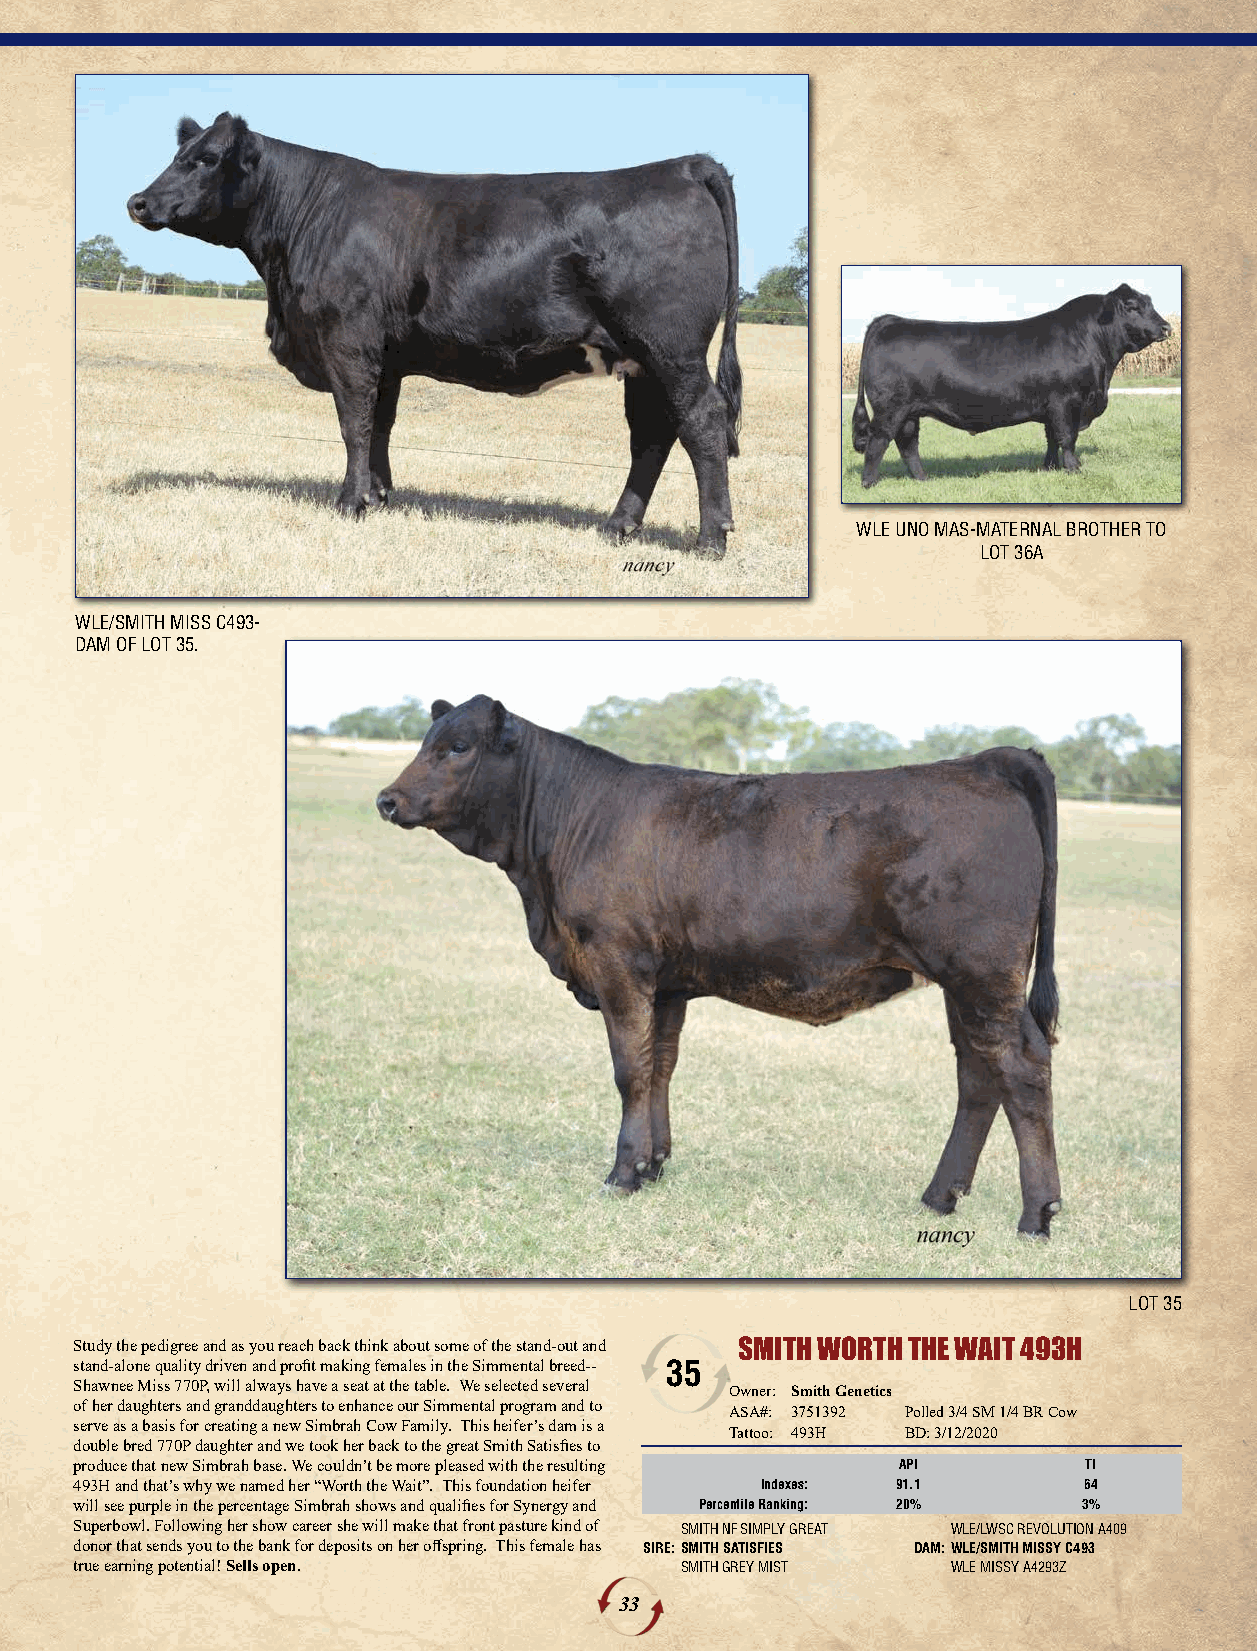
WLE UNO MAS-MATERNAL BROTHER TO
 LOT 36A
 WLE/SMITH MISS C493-
 DAM OF LOT 35.
 LOT 35
 Study the pedigree and as you reach back think about some of the stand-out and SMITH WORTH THE WAIT 493H
 stand-alone quality driven and profit making females in the Simmental breed-- 35
 Shawnee Miss 770P, will always have a seat at the table. We selected several Owner: Smith Genetics
 of her daughters and granddaughters to enhance our Simmental program and to
 ASA#: 3751392 Polled 3/4 SM 1/4 BR Cow
 serve as a basis for creating a new Simbrah Cow Family. This heifer’s dam is a
 Tattoo: 493H BD: 3/12/2020
 double bred 770P daughter and we took her back to the great Smith Satisfies to
 produce that new Simbrah base. We couldn’t be more pleased with the resulting API TI
 493H and that’s why we named her “Worth the Wait”. This foundation heifer Indexes: 91.1 64
 will see purple in the percentage Simbrah shows and qualifies for Synergy and Percentile Ranking: 20% 3%
 Superbowl. Following her show career she will make that front pasture kind of SMITH NF SIMPLY GREAT WLE/LWSC REVOLUTION A409
 donor that sends you to the bank for deposits on her offspring. This female has SIRE:SMITH SATISFIES DAM:WLE/SMITH MISSY C493
 true earning potential! Sells open.     SMITH GREY MIST   WLE MISSY A4293Z
 33